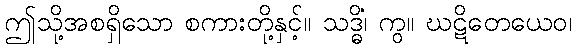
ဤသို့အစရှိသော စကားတို့နှင့်။ သဒ္ဓိံ၊ ကွ။ ဃဋိတေယေဝ၊